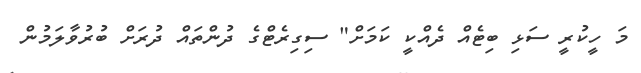
މަ ހީކުރީ ސަޅި ބިޓެއް ދެއްކީ ކަމަށް" ސިގިރެޓްގެ ދުންތައް ދުރަށް ބުރުވާލަމުން